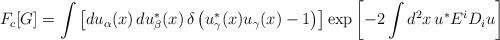
LaTeX: \begin{align*} F_c [G] = \int \left[ du_\alpha (x)\, du^*_\beta (x)\, \delta \left( u^*_\gamma (x) u_\gamma (x) - 1 \right) \right] \exp \left[ -2 \int d^2x\, u^* E^i D_i u \right]\end{align*}